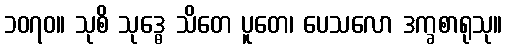
၁၀၇၀။ သုစိ သုဒ္ဓေ သိတေ ပူတေ၊ ပေသလော ဒက္ခစာရုသု။